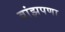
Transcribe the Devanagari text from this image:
वांझपणा